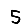
Digit: 5